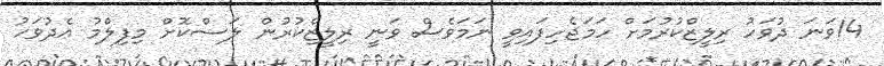
14ވަނަ ދުވަހު ރިލީޒްކުރުމަށް ހަމަޖެހިފައިވީ ނަމަވެސް ވަނީ ރިލީޒްކުރުން ލަސްކޮށް މިފިލްމު އެދުވަހު